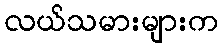
လယ်သမားများက